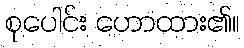
စုပေါင်း ဟောထား၏။